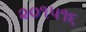
૨૦૧૫૧૬